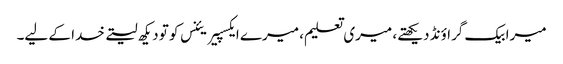
میرا بیک گراؤنڈ دیکھتے، میری تعلیم، میرے ایکسپیریئنس کو تو دیکھ لیتے خدا کے لیے۔